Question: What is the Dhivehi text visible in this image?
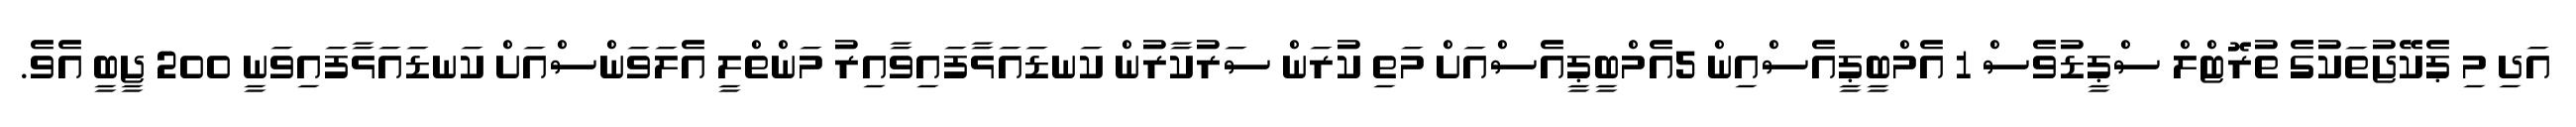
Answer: އަދި މި ޕެކޭޖުތަކުގެ ތުރޮޓްލް ސްޕީޑުވެސް 1 އެމްބީޕީއެސްއިން 5އެމްބީޕީއެސްއަށް މަތި ކުރަން ސަރުކާރުން ކަނޑައަޅާފައިވާއިރު މަންތްލީ އެލަވަންސްއަށް ކަނޑައަޅާފައިވަނީ 200 ޖީބީ އެވެ.